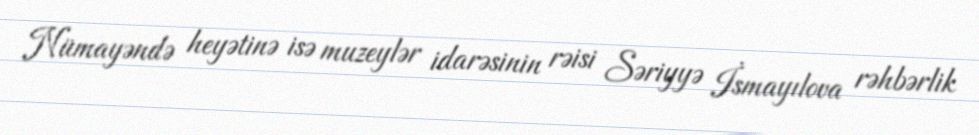
Nümayəndə heyətinə isə muzeylər idarəsinin rəisi Səriyyə İsmayılova rəhbərlik